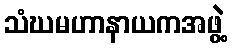
သံဃမဟာနာယကအဖွဲ့